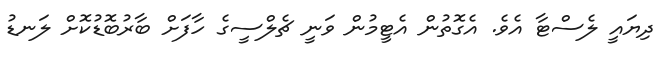
ދިޔައީ ލެސްޓާ އެވެ. އެގޮތުން އެޓީމުން ވަނީ ޗެލްސީގެ ހާފަށް ބާރުބޮޑުކޮށް ލަނޑު